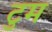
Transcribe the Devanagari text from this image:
टुम